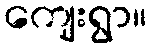
ကျေးရွာ။